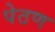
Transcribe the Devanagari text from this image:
पेठण